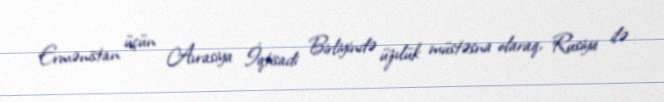
Ermənistan üçün Avrasiya İqtisadi Birliyində üzvlük müstəsna olaraq, Rusiya ilə